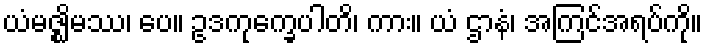
ယံမဇ္ဈိမဿ၊ ပေ။ ဥဒကုက္ခေပါတိ၊ ကား။ ယံ ဌာနံ၊ အကြင်အရပ်ကို။